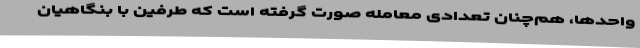
واحدها، هم‌چنان تعدادی معامله صورت گرفته است که طرفین با بنگاهیان